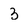
Character: 3